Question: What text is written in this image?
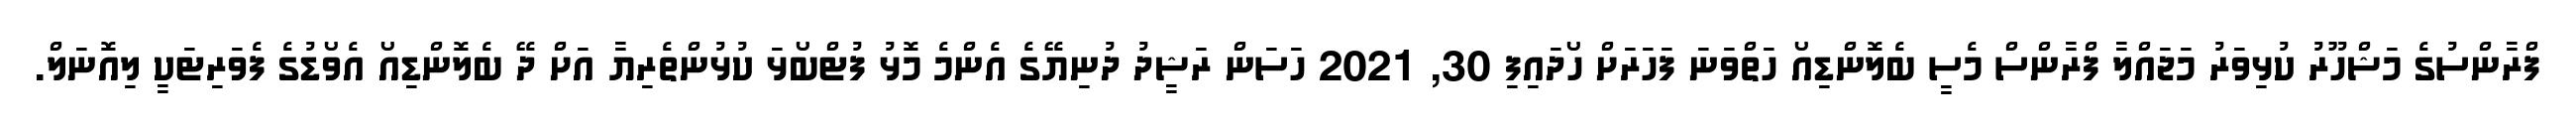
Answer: ފްރާންސުގެ މަޝްހޫރު ކުޅިވަރު މަޖައްލާ ފްރާންސް މެސީ ބެލޮންޑިއޯ ހަތްވަނަ ފަހަރަށް ހޯދައިފި 30, 2021 ހަސަން ރަޝީދު ދުނިޔޭގެ އެންމެ މޮޅު ފުޓްބޯޅަ ކުޅުންތެރިޔާ އަށް ދޭ ބެލޮންޑިއޯ އެވޯޑުގެ ފެވަރިޓަކީ ލިއޮނަލް.